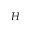
H